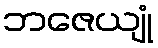
ဘဇေယျုံ